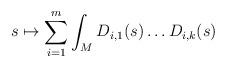
LaTeX: \begin{align*} s \mapsto \sum_{i = 1}^m \int_M D_{i, 1}(s) \dots D_{i, k}(s) \end{align*}